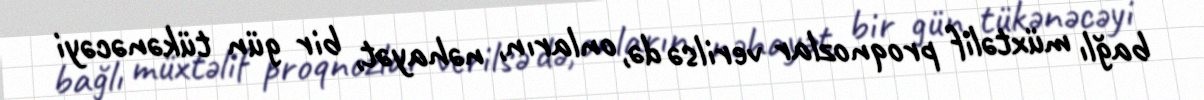
bağlı müxtəlif proqnozlar verilsə də, onların, nəhayət, bir gün tükənəcəyi